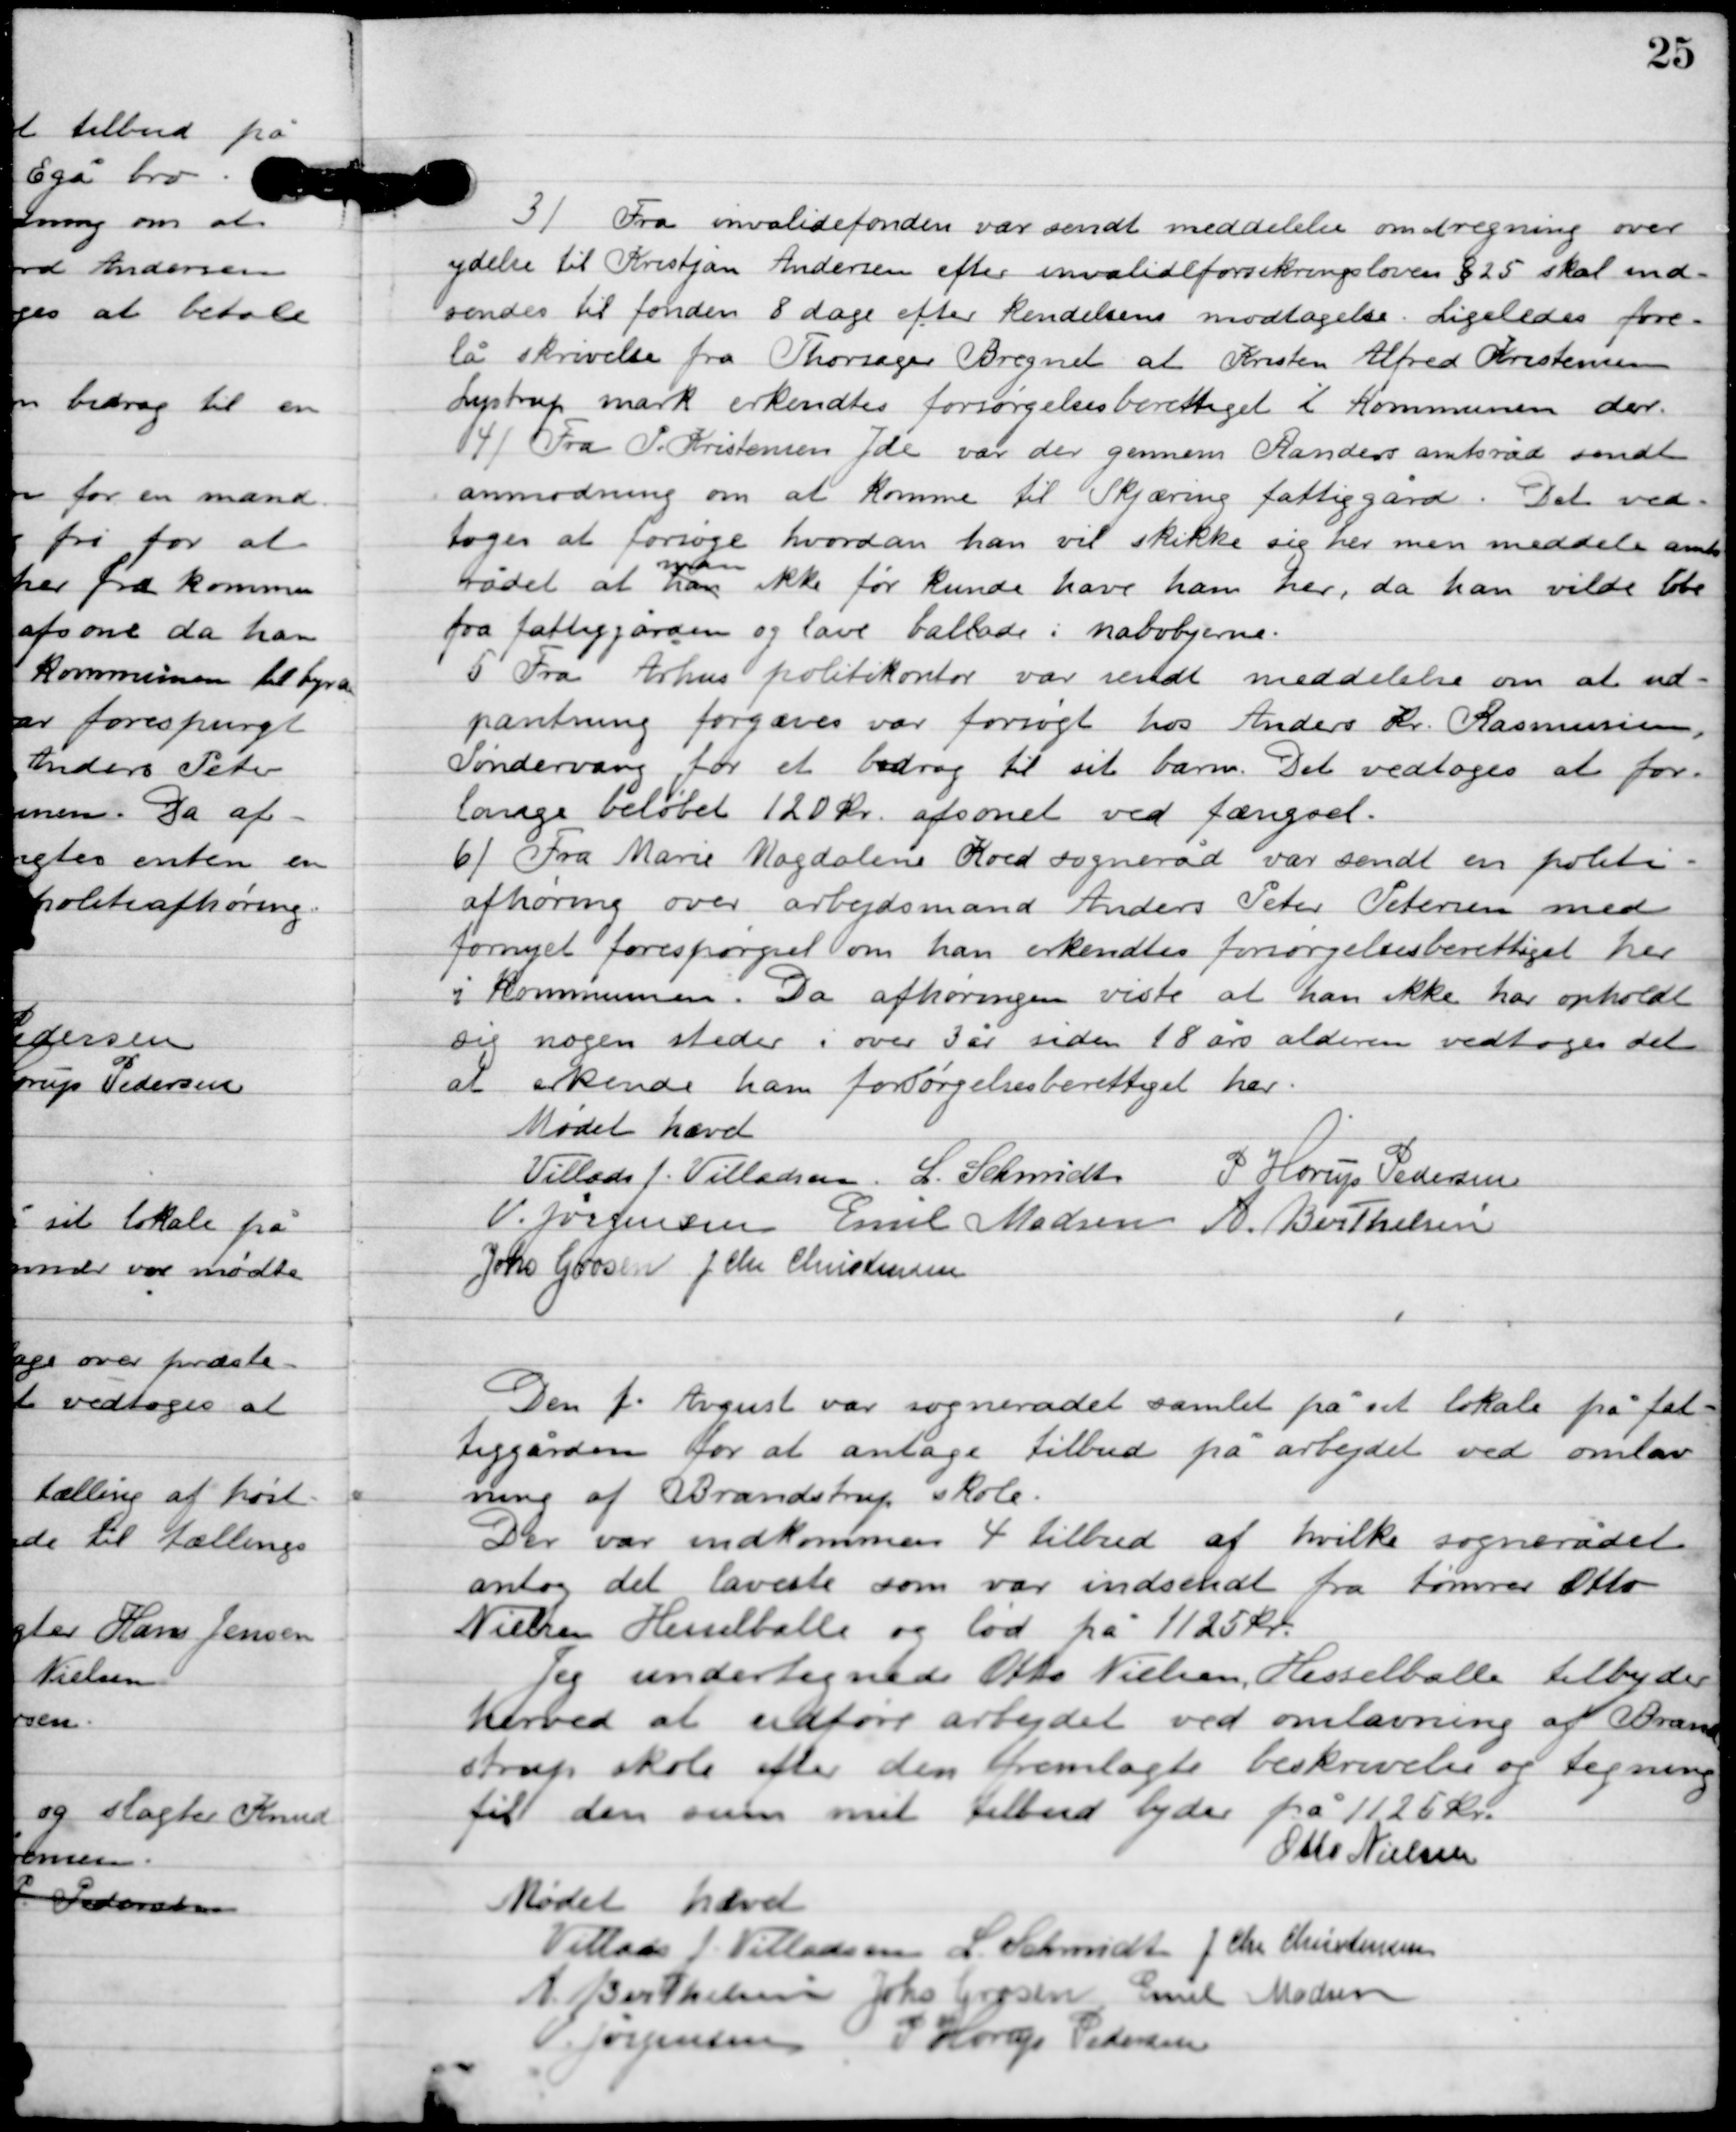
Transskription:
3

Fra invalidefonden var sendt meddelelse om regning over
ydelse til Kristjan Andersen efter invalideforsikringsloven § 25 skal ind-
sendes til fonden 8 dage efter Kendelsens modtagelse. Ligeledes fore-
lå skrivelse fra Thorsager Bregnet at Kristne Alfred Kristensen
Lystrup mark erkendtes forøgelsesberettiget i kommunen der.

4

Fra P. Kristensen Ide var der gennem Randers amtsråd sendt
anmodning om at komme til Skjæring fattiggård. Det ved-
toges at forsøge hvordan han vil skikke sig her men meddele amts-
rådet at han
man
ikke før kunde have ham her, da han vilde løbe
fra fattiggården og lave ballade i nabobyerne.

5

Fra Århus politikontor var sendt meddelelse om at ud-
pantning forgæves var forsøgt hos Anders Kr. Rasmussen,
Søndervang for et bidrag til sit barn. Det vedtoges at for-
lange beløbet 120 kr. afsonet ved fængsel.

6

Fra Marie Magdalene Koed sogneråd var sendt en politi-
afhøring over arbejdsmand Anders Peter Petersen med
fornyet forespørgsel om han erkendtes forsørgelsesberettiget her
i Kommunen. Da afhøringen viste at han ikke har opholdt
sig nogen steder i over 3 år siden 18 års alderen vedtoges det
at erkende ham forsørgelsesberettiget her.

Mødet hævet

Villads J. Villadsen
L. Schmidt
P. Horup Pedersen
V. Jørgensen
Emil Madsen
A. Berthelsen
Johs. Grosen
I. Chr. Christensen

Den 1. August var sognerådet møde på sit lokale på fat-
tiggården for at antage tilbud på arbejdet ved omlav-
ning af Brandstrup skole.
Der var indkommen 4 tilbud af hvilke sognerådet
antog det laveste som var indsendt fra tømmer Otto
Nielsen Hesselballe og lød på 1125 kr.
Jeg undertegnede Otto Nielsen Hesselballe tilbyder
herved at udføre arbejdet ved omlavning af Brand-
strup skole efter den fremlage beskrivelse og tegning
til den oven mit tilbud byder på 1125 kr.
Otto Nielsen

Mødet hævet

Villads J. Villadsen
L. Schmidt
I. Chr. Christensen
A. Berthelsen
Johs. Grosen
Emil Madsen
V. Jørgensen
P. Horup Pedersen